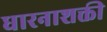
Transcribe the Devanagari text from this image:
धारनाशक्ती